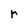
Character: r